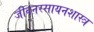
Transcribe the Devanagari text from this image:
जीवनरसायनशास्त्र